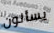
يسألون